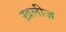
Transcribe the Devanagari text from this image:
ख़लीज़